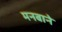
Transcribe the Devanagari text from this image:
मनबाने